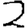
Digit: 2